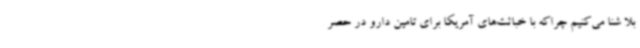
بلا شنا می‌کنیم چراکه با خباثت‌های آمریکا برای تامین دارو در حصر